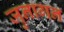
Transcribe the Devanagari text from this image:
जुनागन